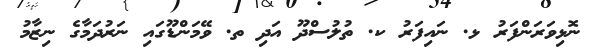
ނޮޅިވަރަންފަރު ޅ. ނައިފަރު ކ. ތުލުސްދޫ އަދި ތ. ވޭމަންޑޫގައި ނަރުދަމާގެ ނިޒާމު